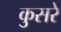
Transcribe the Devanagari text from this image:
कुसरे